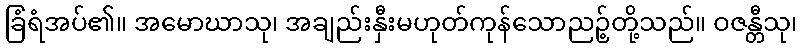
ခြံရံအပ်၏။ အမောဃာသု၊ အချည်းနှီးမဟုတ်ကုန်သောညဉ့်တို့သည်။ ဝဇန္တီသု၊